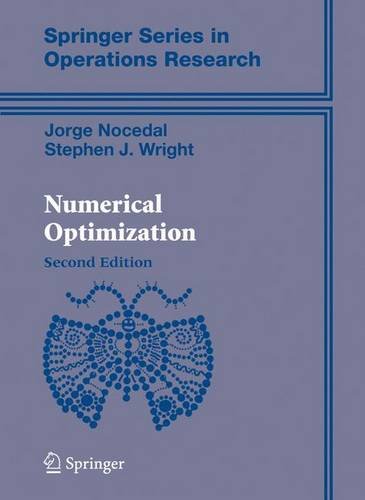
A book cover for Numerical Optimization (Springer Series in Operations Research and Financial Engineering); Jorge Nocedal; Science & Math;